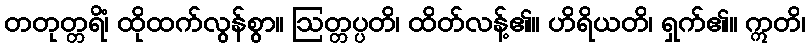
တတုတ္တရိံ၊ ထိုထက်လွန်စွာ။ ဩတ္တပ္ပတိ၊ ထိတ်လန့်၏။ ဟိရိယတိ၊ ရှက်၏။ ဣတိ၊